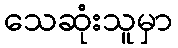
သေဆုံးသူမှာ